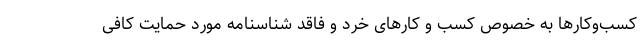
کسب‌وکارها به خصوص کسب و کارهای خرد و فاقد شناسنامه مورد حمایت کافی